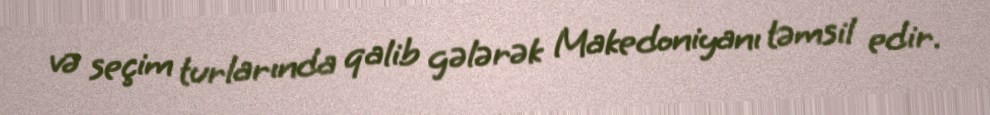
və seçim turlarında qalib gələrək Makedoniyanı təmsil edir.